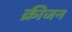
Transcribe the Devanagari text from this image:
क्रीजन